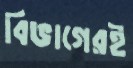
বিভাগেরই